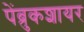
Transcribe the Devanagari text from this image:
पेंब्रुकशायर